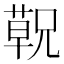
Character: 𬞁